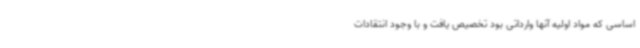
اساسی که مواد اولیه آنها وارداتی بود تخصیص یافت و با وجود انتقادات